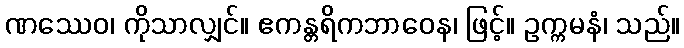
ဏဿေဝ၊ ကိုသာလျှင်။ ဧကန္တရိကဘာဝေန၊ ဖြင့်။ ဥက္ကမနံ၊ သည်။